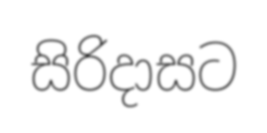
සිරිදාසට